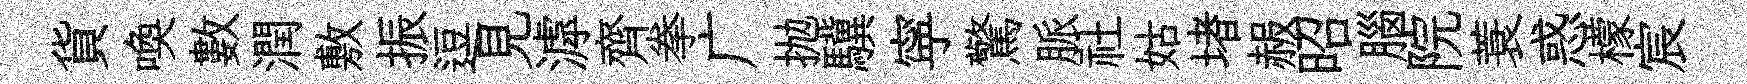
貨喚數潤敷振逗見滹齊拳广抛驥寜驚脈社姑堵赧昭腦院蓑惑檬宸